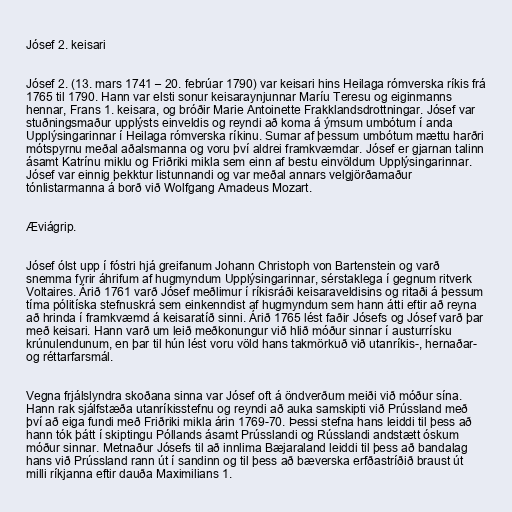
Jósef 2. keisari

Jósef 2. (13. mars 1741 – 20. febrúar 1790) var keisari hins Heilaga rómverska ríkis frá
1765 til 1790. Hann var elsti sonur keisaraynjunnar Maríu Teresu og eiginmanns
hennar, Frans 1. keisara, og bróðir Marie Antoinette Frakklandsdrottningar. Jósef var
stuðningsmaður upplýsts einveldis og reyndi að koma á ýmsum umbótum í anda
Upplýsingarinnar í Heilaga rómverska ríkinu. Sumar af þessum umbótum mættu harðri
mótspyrnu meðal aðalsmanna og voru því aldrei framkvæmdar. Jósef er gjarnan talinn
ásamt Katrínu miklu og Friðriki mikla sem einn af bestu einvöldum Upplýsingarinnar.
Jósef var einnig þekktur listunnandi og var meðal annars velgjörðamaður
tónlistarmanna á borð við Wolfgang Amadeus Mozart.

Æviágrip.

Jósef ólst upp í fóstri hjá greifanum Johann Christoph von Bartenstein og varð
snemma fyrir áhrifum af hugmyndum Upplýsingarinnar, sérstaklega í gegnum ritverk
Voltaires. Árið 1761 varð Jósef meðlimur í ríkisráði keisaraveldisins og ritaði á þessum
tíma pólitíska stefnuskrá sem einkenndist af hugmyndum sem hann átti eftir að reyna
að hrinda í framkvæmd á keisaratíð sinni. Árið 1765 lést faðir Jósefs og Jósef varð þar
með keisari. Hann varð um leið meðkonungur við hlið móður sinnar í austurrísku
krúnulendunum, en þar til hún lést voru völd hans takmörkuð við utanríkis-, hernaðar-
og réttarfarsmál.

Vegna frjálslyndra skoðana sinna var Jósef oft á öndverðum meiði við móður sína.
Hann rak sjálfstæða utanríkisstefnu og reyndi að auka samskipti við Prússland með
því að eiga fundi með Friðriki mikla árin 1769-70. Þessi stefna hans leiddi til þess að
hann tók þátt í skiptingu Póllands ásamt Prússlandi og Rússlandi andstætt óskum
móður sinnar. Metnaður Jósefs til að innlima Bæjaraland leiddi til þess að bandalag
hans við Prússland rann út í sandinn og til þess að bæverska erfðastríðið braust út
milli ríkjanna eftir dauða Maximilians 1.